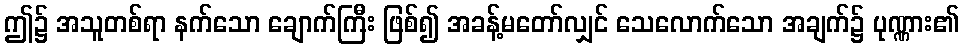
ဤ၌ အသူတစ်ရာ နက်သော ချောက်ကြီး ဖြစ်၍ အခန့်မတော်လျှင် သေလောက်သော အချက်၌ ပုဏ္ဏား၏